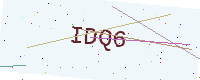
Text: IDQ6